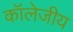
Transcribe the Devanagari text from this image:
कॉलेजीय